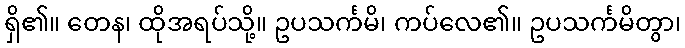
ရှိ၏။ တေန၊ ထိုအရပ်သို့။ ဥပသင်္ကမိ၊ ကပ်လေ၏။ ဥပသင်္ကမိတွာ၊